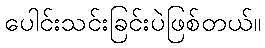
ပေါင်းသင်းခြင်းပဲဖြစ်တယ်။